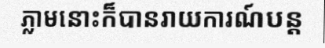
ភ្លាមនោះក៏បានរាយការណ៍បន្ត